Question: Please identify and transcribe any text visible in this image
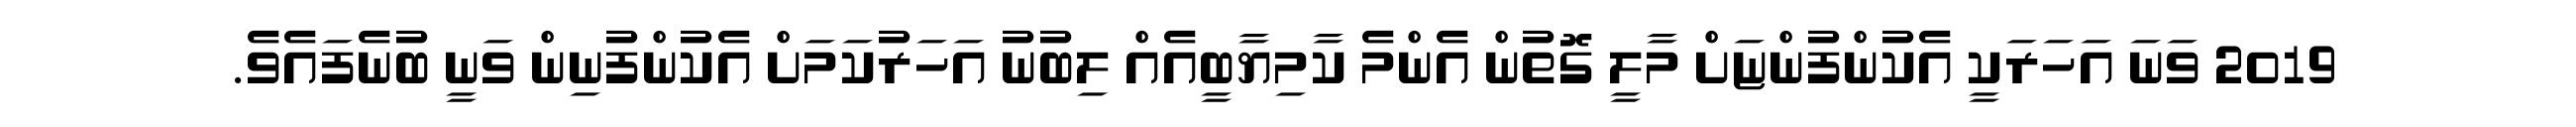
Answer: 2019 ވަނަ އަހަރަކީ އެކުންފުންޏަށް މާލީ ގޮތުން އެންމެ ކާމިޔާބީއެއް ލިބުނު އަހަރުކަމަށް އެކުންފުނިން ވަނީ ބުނެފައެވެ.